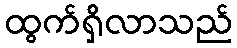
ထွက်ရှိလာသည်